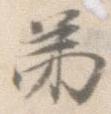
第